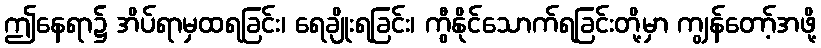
ဤနေရာ၌ အိပ်ရာမှထရခြင်း၊ ရေချိုးရခြင်း၊ ကွီနိုင်သောက်ရခြင်းတို့မှာ ကျွန်တော့်အဖို့